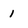
Character: 1